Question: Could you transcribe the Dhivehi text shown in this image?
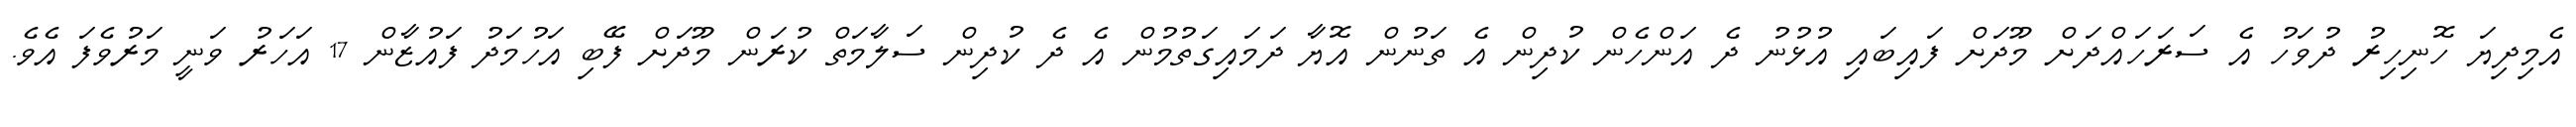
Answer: އެމިދިޔަ ހޮނިހިރު ދުވަހު އެ ސަރަހައްދަށް މޫދަށް ފައިބައި އުޅުނު ދެ އަންހެން ކުދިން އެ ތަނުން އޮޔާ ދަމައިގަތުމުން އެ ދެ ކުދިން ސަލާމަތް ކުރަން މޫދަށް ފޭބި އަހުމަދު ފައުޒާން 17 އަހަރު ވަނީ މަރުވެފަ އެވެ.